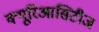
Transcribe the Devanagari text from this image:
क्यूरिआसिटीज